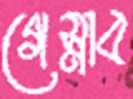
গেস্নাব